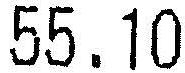
55.10